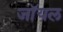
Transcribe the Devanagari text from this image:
जाॅयल